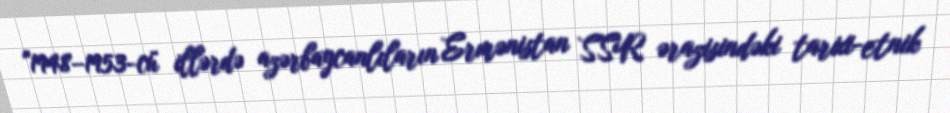
"1948–1953-cü illərdə azərbaycanlıların Ermənistan SSR ərazisindəki tarixi-etnik